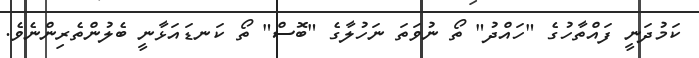
ކަމުދަނީ ފައްތާހުގެ "ހައްދު" ތޯ ނުވަތަ ނަހުލާގެ "ބޮސް" ތޯ ކަނޑައަޅާނީ ބެލުންތެރިންނެވެ.